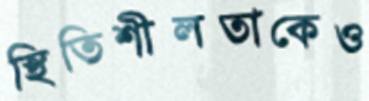
স্থিতিশীলতাকেও